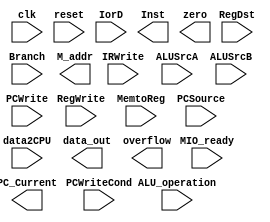
`timescale 1ns / 1ps
//////////////////////////////////////////////////////////////////////////////////
// Company: 
// Engineer: 
// 
// Design Name: 
// Module Name:    path 
// Project Name: 
// Target Devices: 
// Tool versions: 
// Description: 
//
// Dependencies: 
//
// Revision: 
// Revision 0.01 - File Created
// Additional Comments: 
//
//////////////////////////////////////////////////////////////////////////////////
module M_datapath(input clk,
					   input reset,
					  
					   input MIO_ready,		//=1
					   input IorD,
					   input IRWrite,
					   input[1:0] RegDst,
					   input RegWrite,
					   input[1:0]MemtoReg,
					   input ALUSrcA,
					  
					   input[1:0]ALUSrcB,
					   input[1:0]PCSource,
					   input PCWrite,
					   input PCWriteCond,	
					   input Branch,
					   input[2:0]ALU_operation,
					  
					   output[31:0]PC_Current,
					   input[31:0]data2CPU,
					   output[31:0]Inst,
					   output[31:0]data_out,
					   output[31:0]M_addr,
					  
					   output zero,
					   output overflow
					  );	
					  	 
endmodule